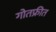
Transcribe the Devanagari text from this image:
गोतफ्रीत